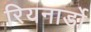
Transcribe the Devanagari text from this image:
रियनार्डो